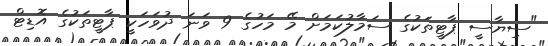
"ސިޔާސީ ޕާޓީތަކުގެ ސަމާލުކަމަށް މޭ މަހުގެ 9 ވަނަ ދުވަހަކީ ޕާޓީތަކުގެ އޮޑިޓް